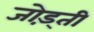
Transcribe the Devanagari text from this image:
जोड़्ती